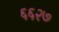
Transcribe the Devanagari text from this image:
६६२७